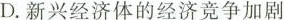
D.新兴经济体的经济竞争加剧